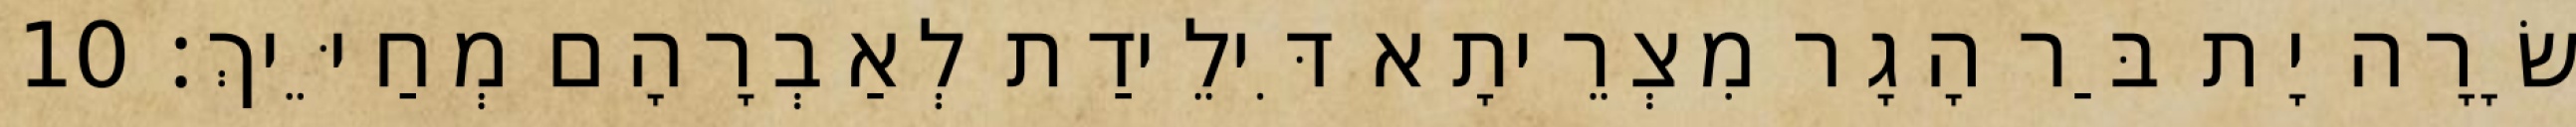
שָׂרָה יָת בַּר הָגָר מִצְרֵיתָא דִּילֵידַת לְאַבְרָהָם מְחַיֵּיךְ׃ 10